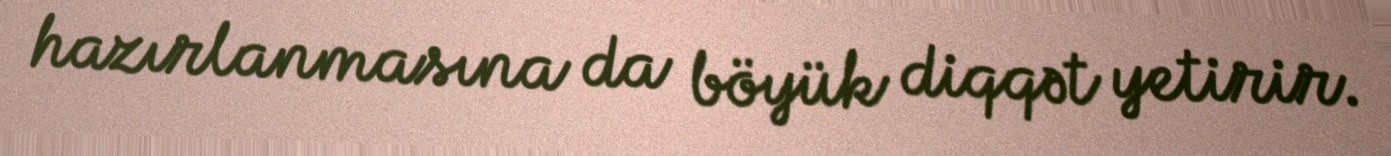
hazırlanmasına da böyük diqqət yetirir.